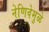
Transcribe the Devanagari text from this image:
नेणिवेमुळे